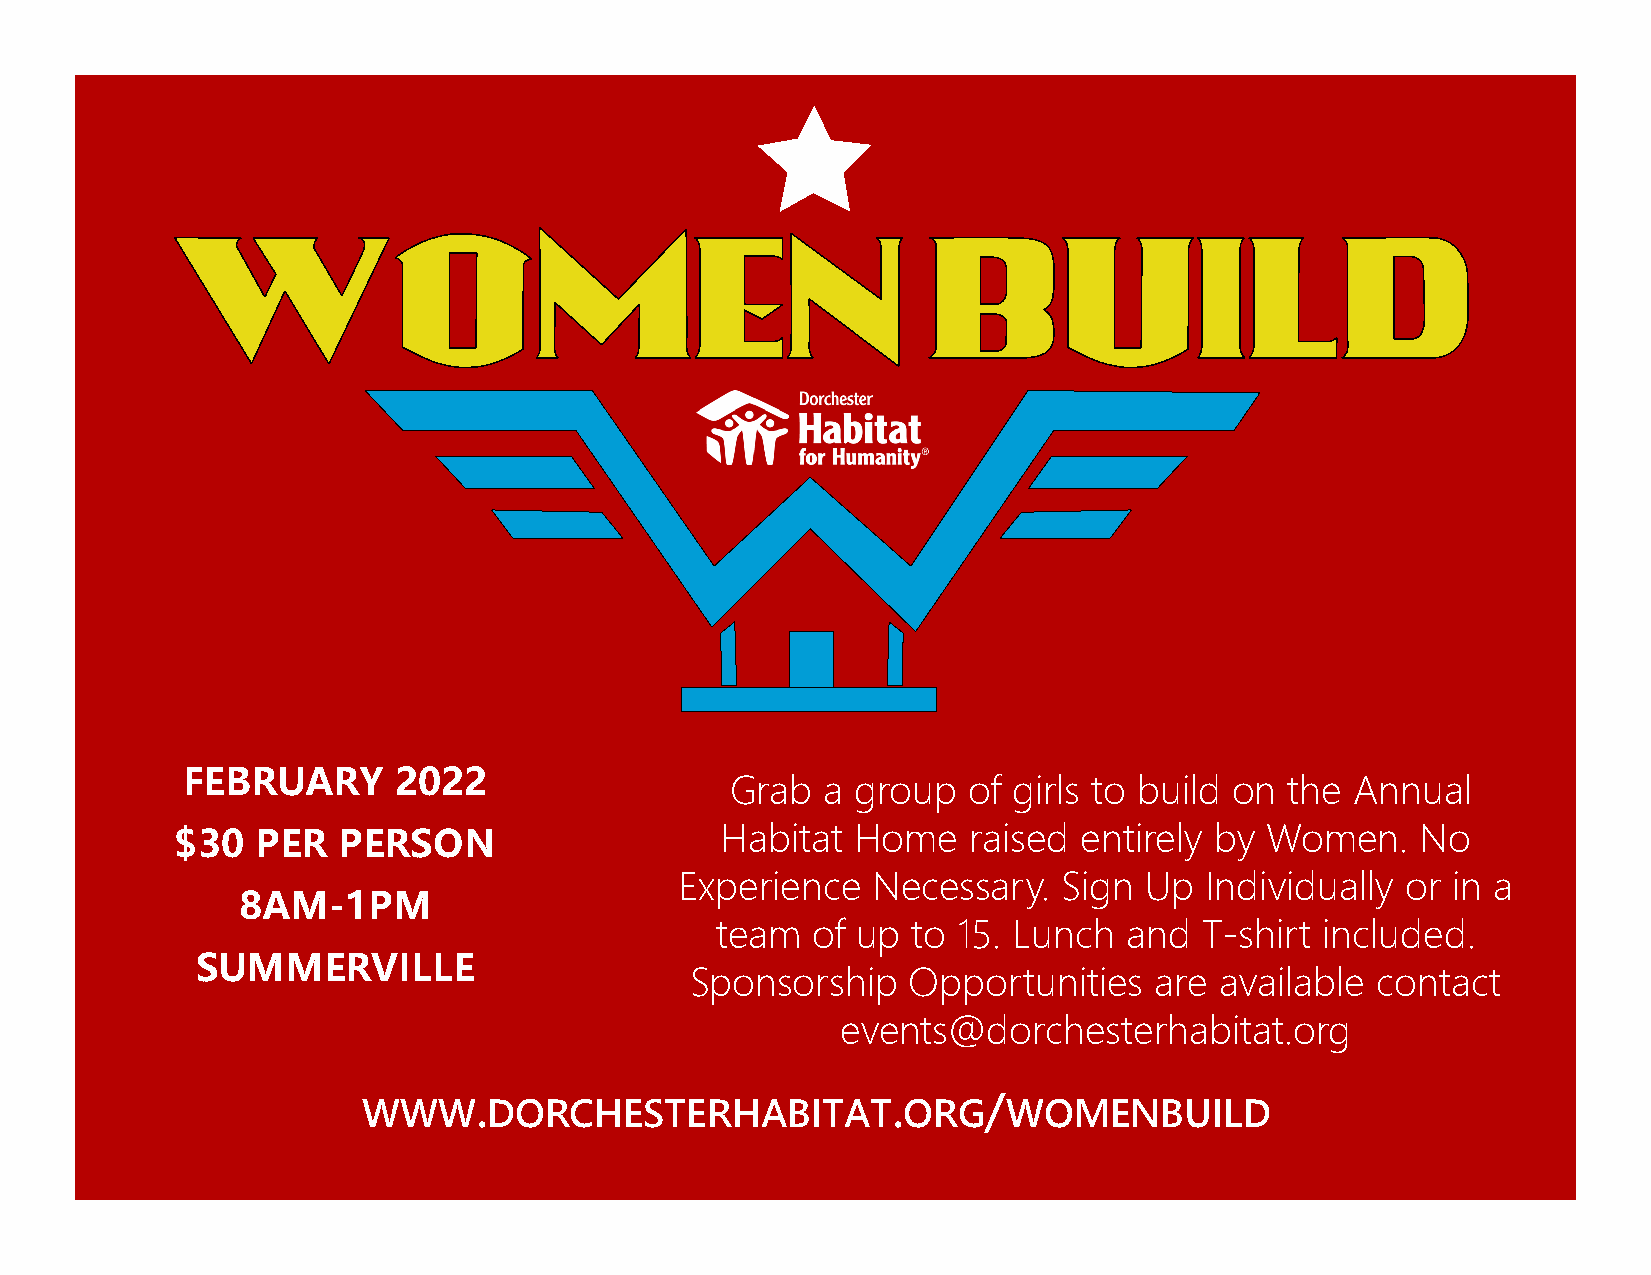
FEBRUARY      2022
 Grab   a group  of girls to build on the  Annual
 Habitat Home    raised entirely by  Women.    No
 $30  PER  PERSON
 Experience   Necessary.  Sign  Up  Individually or in a
 8AM-1PM
 team   of up to 15. Lunch   and  T-shirt included.
 SUMMERVILLE
 Sponsorship   Opportunities   are  available contact
 events@dorchesterhabitat.org
 .                           .     /
 WWW     DORCHESTERHABITAT           ORG    WOMENBUILD